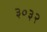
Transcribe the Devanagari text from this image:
३०३२